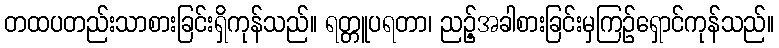
တထပတည်းသာစားခြင်းရှိကုန်သည်။ ရတ္တူပရတာ၊ ညဉ့်အခါစားခြင်းမှကြဉ်ရှောင်ကုန်သည်။